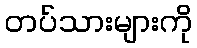
တပ်သားများကို